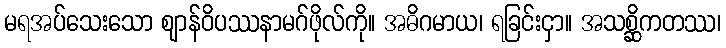
မရအပ်သေးသော ဈာန်ဝိပဿနာမဂ်ဖိုလ်ကို။ အဓိဂမာယ၊ ရခြင်းငှာ။ အသစ္ဆိကတဿ၊